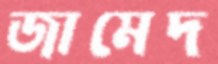
জামেদ